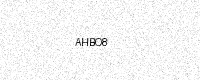
Text: AHBO8